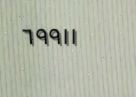
٦٩٩١١